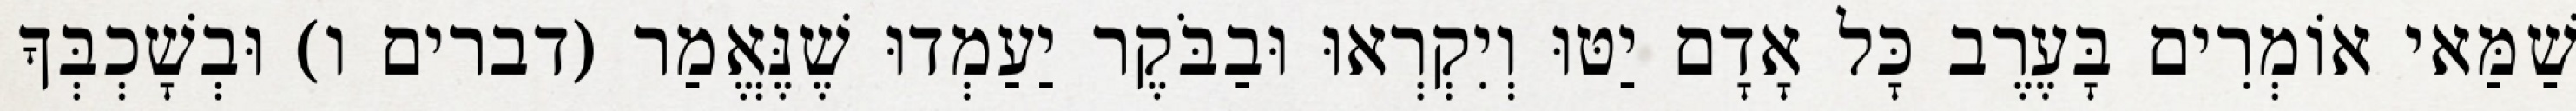
שַׁמַּאי אוֹמְרִים בָּעֶרֶב כָּל אָדָם יַטּוּ וְיִקְרְאוּ וּבַבֹּקֶר יַעַמְדוּ שֶׁנֶּאֱמַר (דברים ו) וּבְשָׁכְבְּךָ